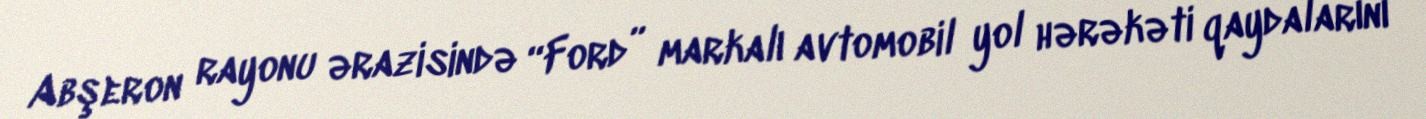
Abşeron rayonu ərazisində “Ford” markalı avtomobil yol hərəkəti qaydalarını